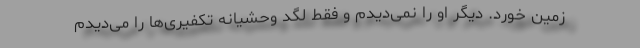
زمین خورد. دیگر او را نمی‌دیدم و فقط لگد وحشیانه تکفیری‌ها را می‌دیدم